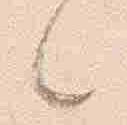
々